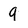
Character: 9